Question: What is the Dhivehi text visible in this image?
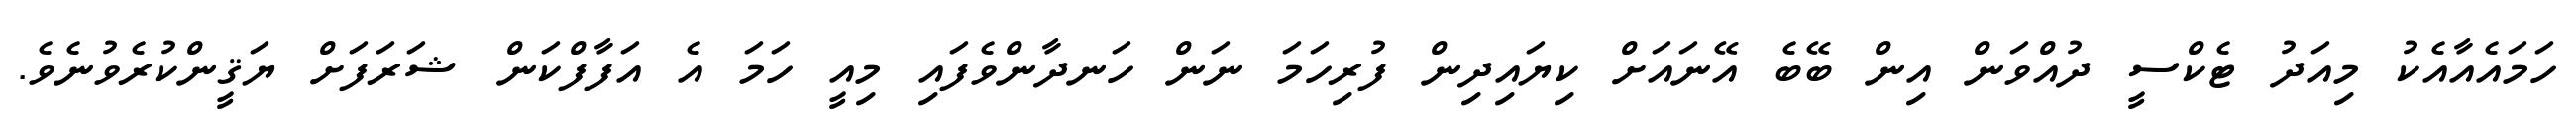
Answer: ހަމައެއާއެކު މިއަދު ޓެކްސީ ދުއްވަން އިން ބޭބެ އޭނައަށް ކިޔައިދިން ފުރިހަމަ ނަން ހަނދާންވެފައި މިއީ ހަމަ އެ އަފާފްކަން ޝަރަފަށް ޔަޤީންކުރެވުނެވެ.